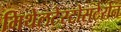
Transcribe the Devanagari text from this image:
मिथेलटेस्टोसटेरोन